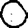
Digit: 0